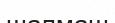
шалмаш